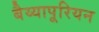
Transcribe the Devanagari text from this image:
बैय्यापूरियन